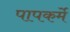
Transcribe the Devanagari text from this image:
पापकर्मे